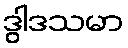
ဒွါဒသမာ